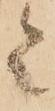
令